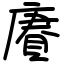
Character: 賡